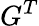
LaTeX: G^{T}